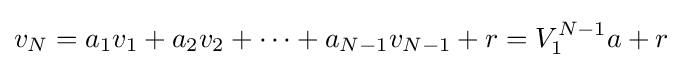
v_{N}=a_{1}v_{1}+a_{2}v_{2}+\dots +a_{N-1}v_{N-1}+r=V_{1}^{N-1}a+r